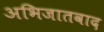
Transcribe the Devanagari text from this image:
अभिजातवाद